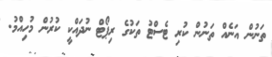
ތަނުން އަނެއް ތަނުން ކުރި ޓެސްޓު ތަކުގެ ރިޕޯޓް ނުދައްކީ ކުރުން މުހިއްމު.